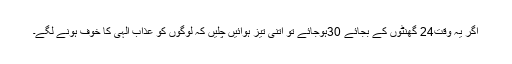
اگر یہ وقت24 گھنٹوں کے بجائے 30ہوجائے تو اتنی تیز ہوائیں چلیں کہ لوگوں کو عذاب الٰہی کا خوف ہونے لگے۔